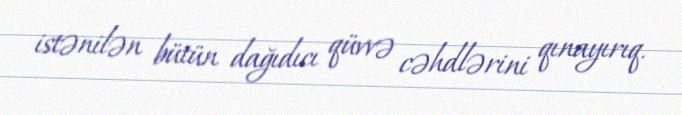
istənilən bütün dağıdıcı qüvvə cəhdlərini qınayırıq.